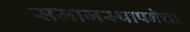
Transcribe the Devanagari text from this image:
समाजस्थापनेचा